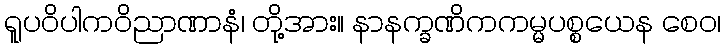
ရူပဝိပါကဝိညာဏာနံ၊ တို့အား။ နာနက္ခဏိကကမ္မပစ္စယေန စေဝ၊